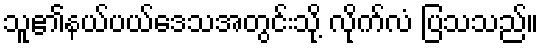
သူ၏နယ်ပယ်ဒေသအတွင်းသို့ လိုက်လံ ပြသသည်။